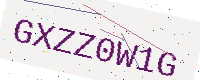
Text: GXZZ0W1G